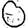
Digit: 0